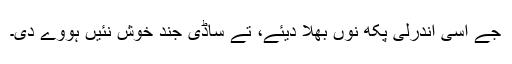
جے اسی اندرلی پکھ نوں بھلا دیئے، تے ساڈی جند خوش نئیں ہووے دی۔